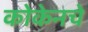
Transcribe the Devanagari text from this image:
कोकेनचे